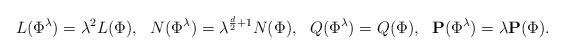
LaTeX: \begin{align*}L(\Phi^{\lambda})=\lambda^2L(\Phi),\ \ N(\Phi^{\lambda})=\lambda^{\frac{d}{2}+1}N(\Phi),\ \ Q(\Phi^{\lambda})=Q(\Phi),\ \ \mathbf{P}(\Phi^{\lambda})=\lambda\mathbf{P}(\Phi). \end{align*}